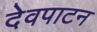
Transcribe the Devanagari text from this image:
देवपाटन